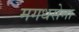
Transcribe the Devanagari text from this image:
मगधसेना